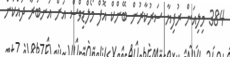
384 މިލިއަން ރުފިޔާ ސަރުކާރުން ބޭންކް އޮފް މޯލްޑިވްސް އަށް އަނބުރާ ދައްކަން